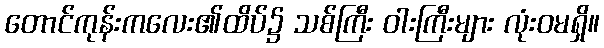
တောင်ကုန်းကလေး၏ထိပ်၌ သစ်ကြီး ဝါးကြီးများ လုံးဝမရှိ။